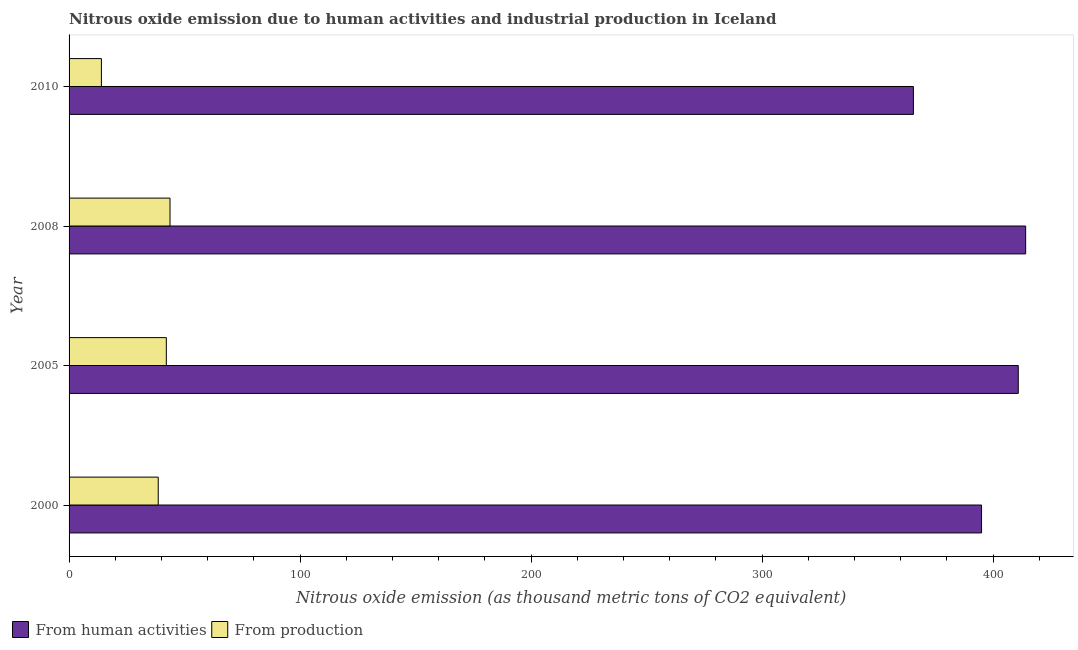
| Year | From human activities | From production |
 | --- | --- | --- |
 | 2000 | 395 | 38.6 |
 | 2005 | 411 | 42.1 |
 | 2008 | 414 | 43.7 |
 | 2010 | 366 | 14 |